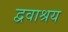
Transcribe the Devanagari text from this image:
द्ववाश्रय